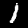
Digit: 1